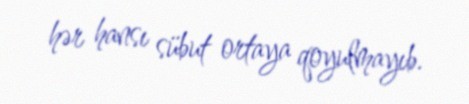
hər hansı sübut ortaya qoyulmayıb.